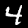
Label: 4